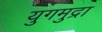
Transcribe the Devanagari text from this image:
युगमुद्रा